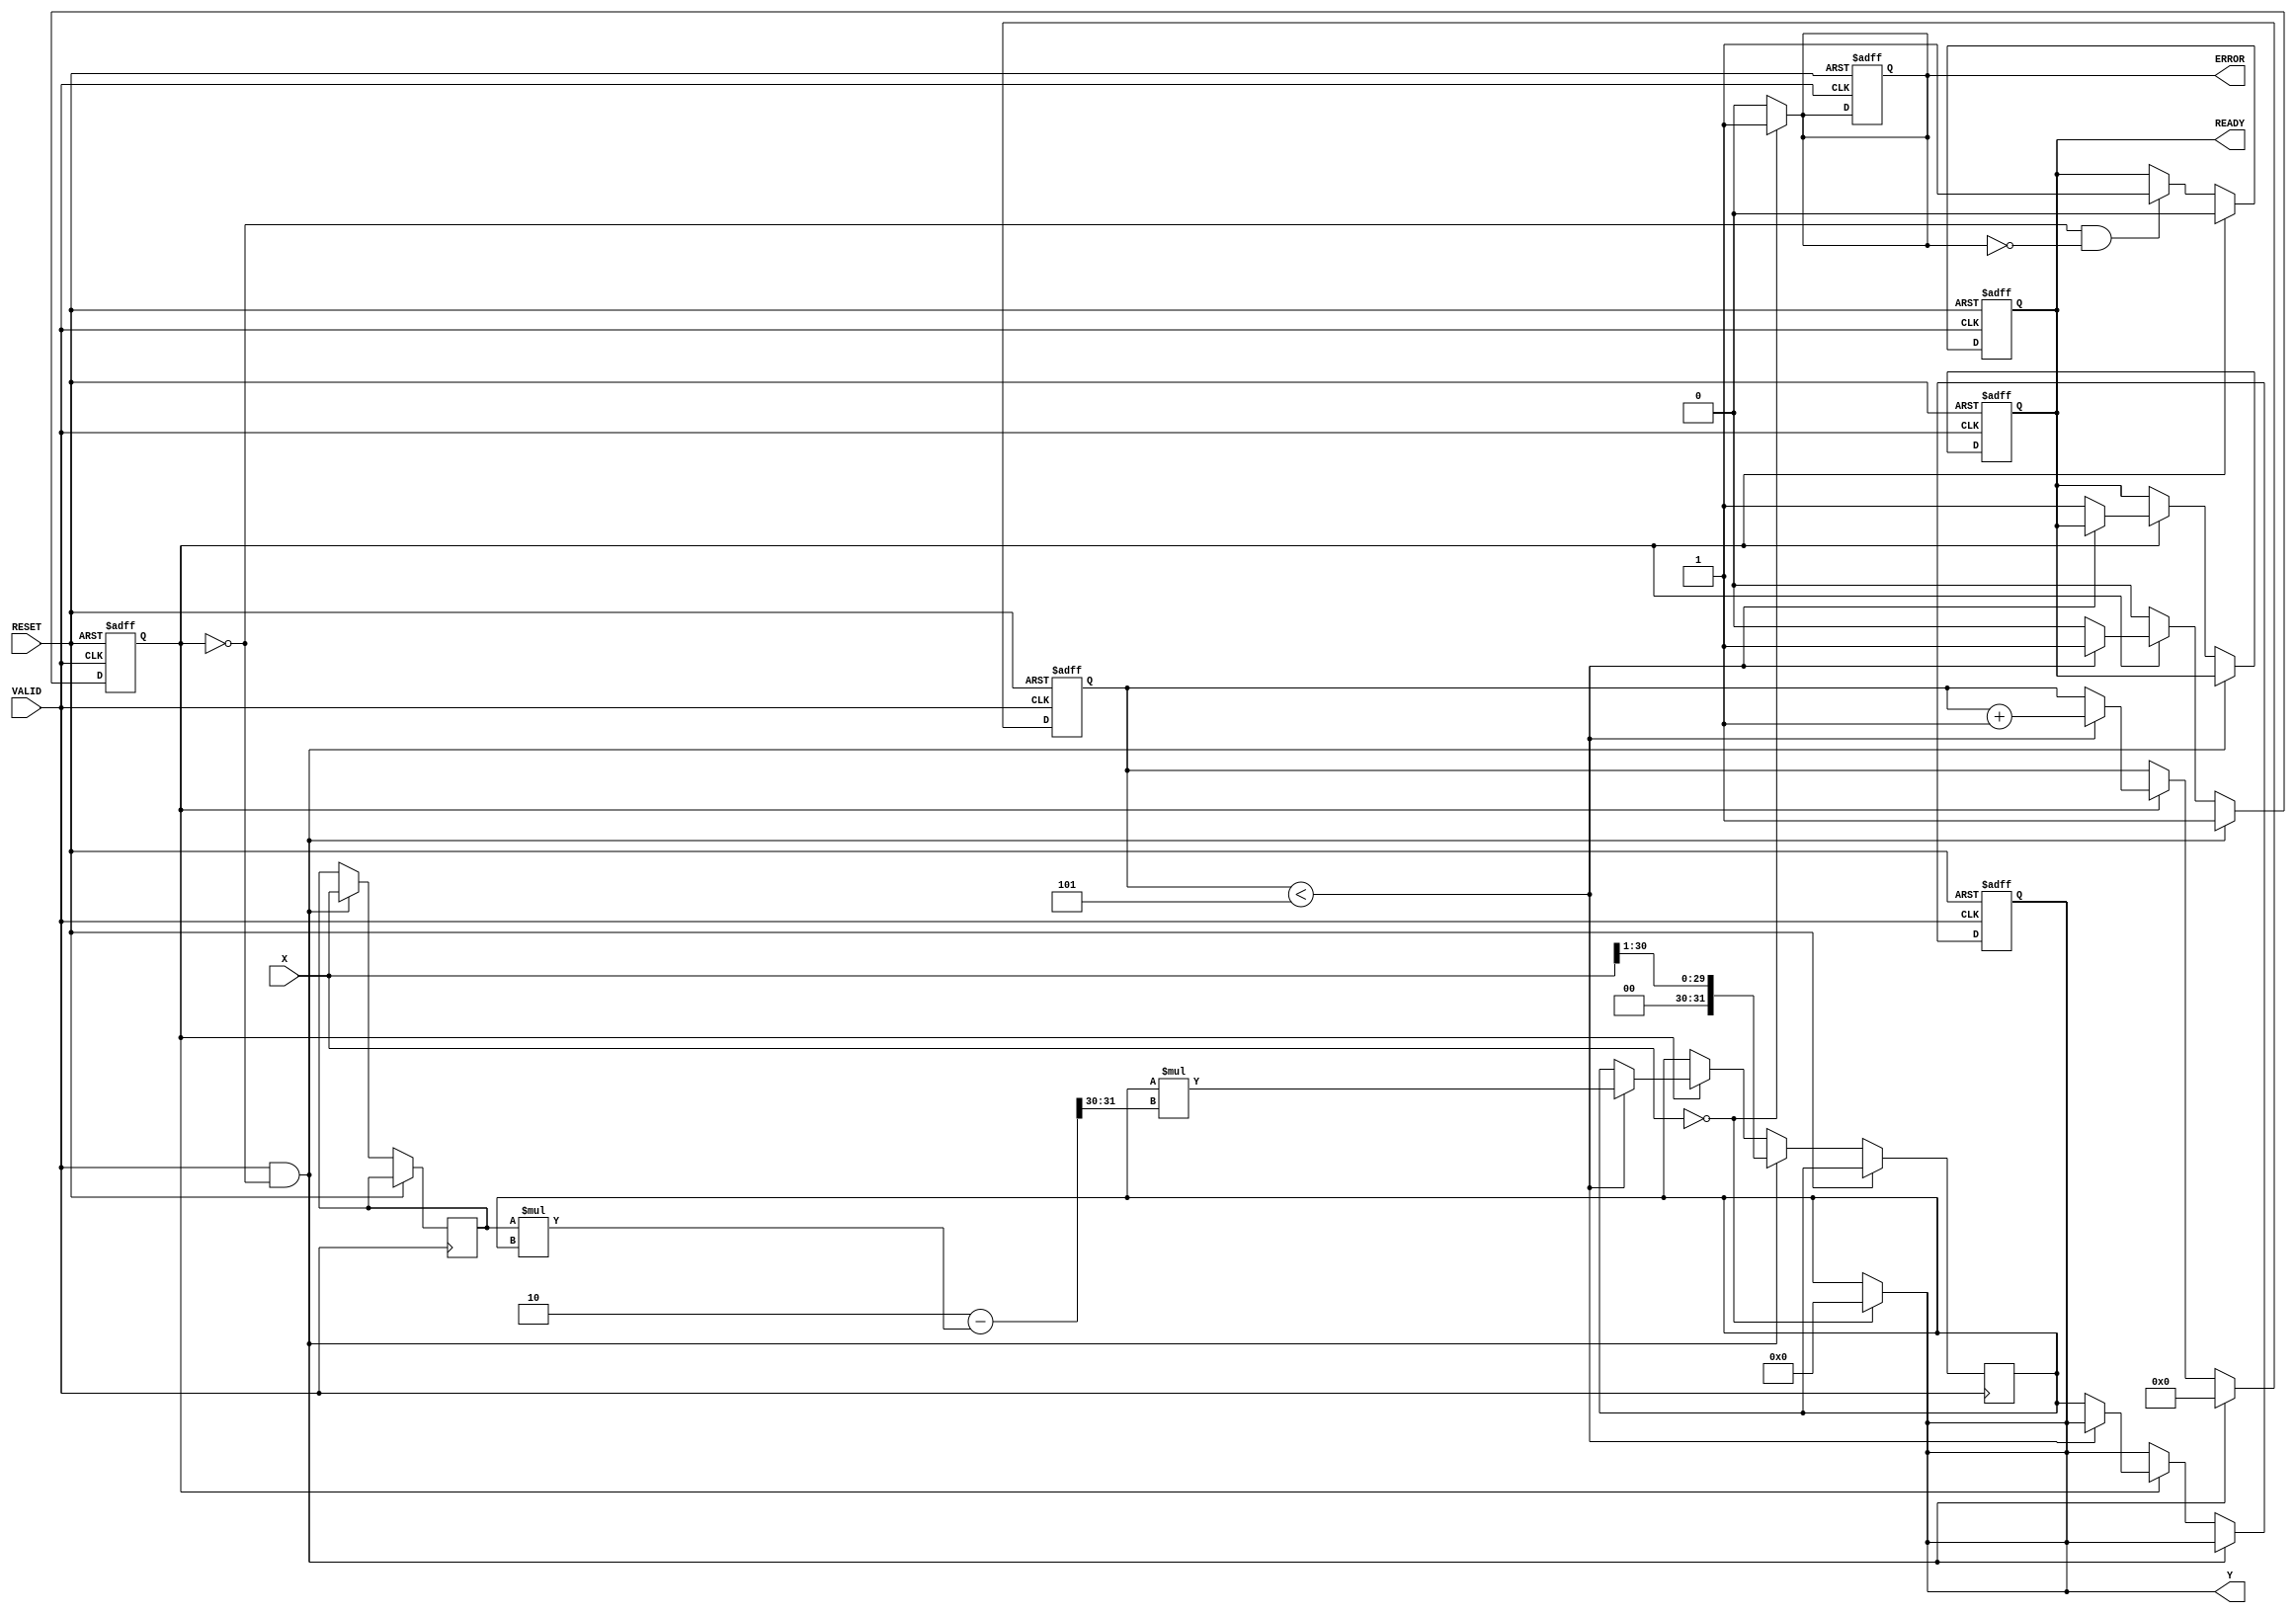
module ReciprocalUnit #(
    parameter WIDTH = 32,          // Width of input and output
    parameter MAX_ITER = 5         // Maximum iterations for Newton-Raphson
)(
    input wire [WIDTH-1:0] X,      // Input data
    input wire VALID,                // Valid signal
    input wire RESET,                // Reset signal
    output reg [WIDTH-1:0] Y,       // Reciprocal output
    output reg READY,               // Ready signal
    output reg ERROR                // Error signal
);

    reg [WIDTH-1:0] x_reg;          // Registered input
    reg [WIDTH-1:0] approx;         // Approximation of reciprocal
    reg [3:0] iter_count;           // Iteration counter
    reg computing;                  // Flag for computing state

    // Combinational logic for error checking
    always @(*) begin
        if (X == 0) begin
            ERROR = 1'b1;            // Division by zero
            Y = {WIDTH{1'b0}};       // Set output to zero or predefined error value
        end else begin
            ERROR = 1'b0;            // No error
            Y = approx;              // Default output
        end
    end

    // Sequential logic for processing
    always @(posedge RESET or posedge VALID) begin
        if (RESET) begin
            Y <= {WIDTH{1'b0}};       // Reset output
            READY <= 1'b0;           // Reset ready signal
            ERROR <= 1'b0;           // Reset error signal
            iter_count <= 0;         // Reset iteration counter
            computing <= 1'b0;       // Reset computing flag
        end else if (VALID && !computing) begin
            x_reg <= X;               // Latch input
            approx <= {1'b0, X[WIDTH-2:1]}; // Initial approximation (1/X)
            iter_count <= 0;         // Reset iteration counter
            computing <= 1'b1;       // Start computing
        end else if (computing) begin
            if (iter_count < MAX_ITER) begin
                // Newton-Raphson iteration: approx = approx * (2 - x_reg * approx)
                approx <= approx * ({1'b0, 2'b10} - (x_reg * approx) >> (WIDTH-2));
                iter_count <= iter_count + 1; // Increment iteration counter
            end else begin
                Y <= approx;            // Set output to final approximation
                READY <= 1'b1;         // Set ready signal
                computing <= 1'b0;     // End computing
            end
        end
    end

    // Ready signal management
    always @(posedge RESET or posedge VALID) begin
        if (RESET) begin
            READY <= 1'b0;           // Reset ready signal
        end else if (computing) begin
            READY <= 1'b0;           // Not ready while computing
        end else if (!computing && !ERROR) begin
            READY <= 1'b1;           // Ready when computation is done and no error
        end
    end

endmodule